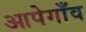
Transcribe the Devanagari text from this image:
आपेगाँव